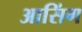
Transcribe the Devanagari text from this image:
आसिंग